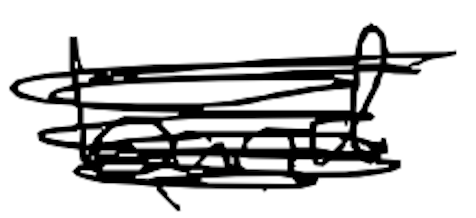
Text: band
Cross-out: scratch
Writing tool: digital_black